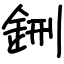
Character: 鉶